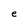
Character: e